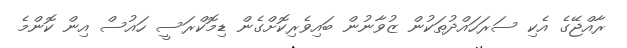
ރާއްޖޭގެ އެކި ސަރަހައްދުތަކުން ޒުވާނުން ބައިވެރިކޮށްގެން ޑިމޮކްރަސީ ހައުސް އިން ކޮންމެ